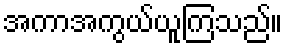
အကာအကွယ်ယူကြသည်။